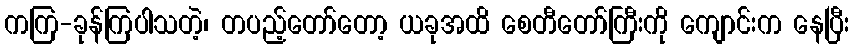
ကကြ-ခုန်ကြပါသတဲ့၊ တပည့်တော်တော့ ယခုအထိ စေတီတော်ကြီးကို ကျောင်းက နေပြီး